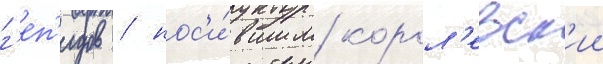
г'еп'идов / нос'и́вшим корол'евск'ии